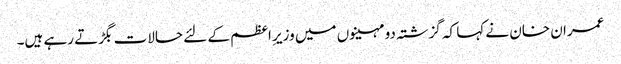
عمران خان نے کہا کہ گزشتہ دو مہینوں میں وزیرِ اعظم کے لئے حالات بگڑتے رہے ہیں۔